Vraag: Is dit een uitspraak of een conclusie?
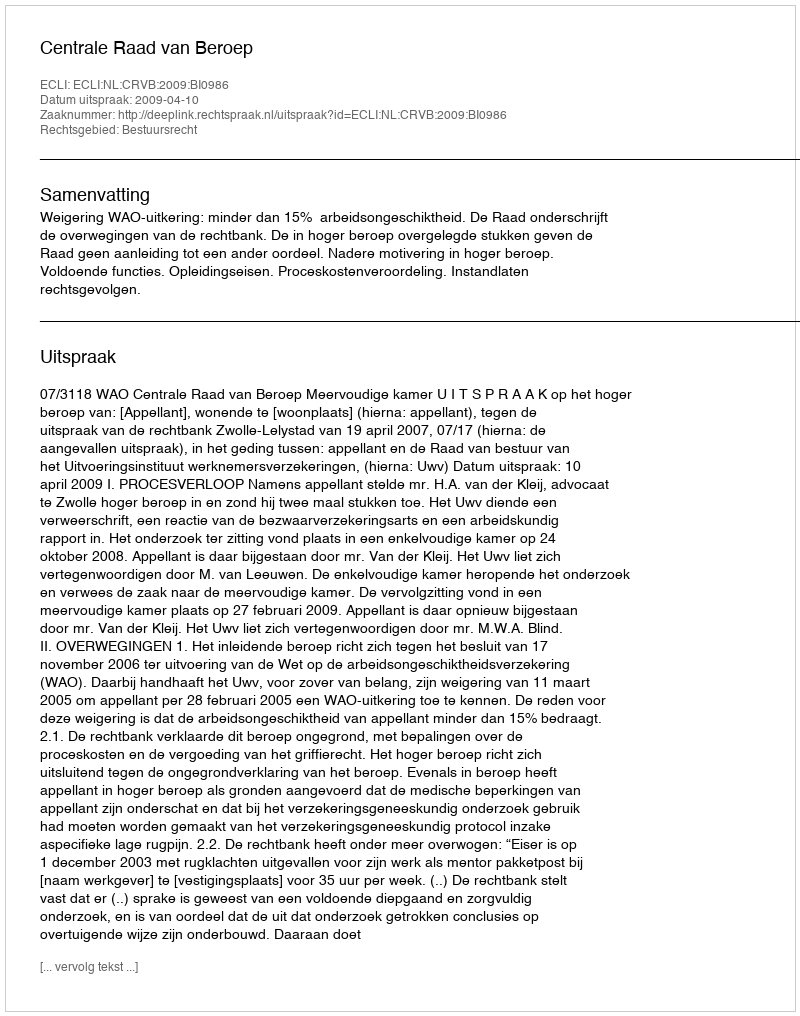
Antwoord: Uitspraak